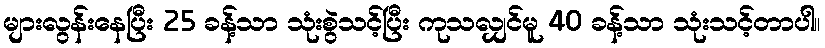
များလွန်းနေပြီး 25 ခန့်သာ သုံးစွဲသင့်ပြီး ကုသလျှင်မူ 40 ခန့်သာ သုံးသင့်တာပါ။